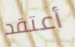
أعتقد